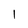
Character: 1